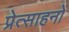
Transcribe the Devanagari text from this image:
प्रेत्साहनों